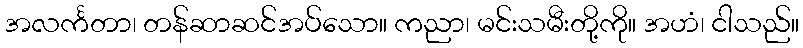
အလင်္ကတာ၊ တန်ဆာဆင်အပ်သော။ ကညာ၊ မင်းသမီးတို့ကို။ အဟံ၊ ငါသည်။